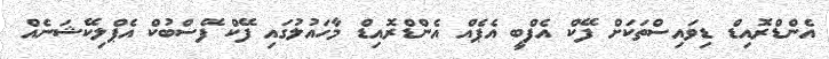
އެންޑްރޮއިޑް ޑިވައިސްތަކަށް ފޭކް އެފްބީ އެޕެއް އެންޑްރޮއިޑް މާހައުލުގައި ފޭކް ފޭސްބުކް އެޕްލިކޭޝަނެއް